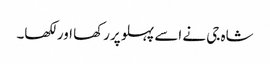
شاہ جی نے اسے پہلو پررکھا اورلکھا۔